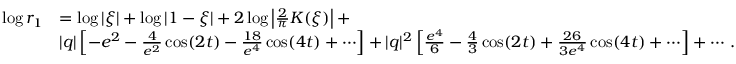
\begin{array} { r l } { \log r _ { 1 } } & { = \log | \xi | + \log | 1 - \xi | + 2 \log \left| { \frac { 2 } { \pi } } K ( \xi ) \right| + } \\ & { | q | \left[ - e ^ { 2 } - { \frac { 4 } { e ^ { 2 } } } \cos ( 2 t ) - { \frac { 1 8 } { e ^ { 4 } } } \cos ( 4 t ) + \cdots \right] + | q | ^ { 2 } \left[ { \frac { e ^ { 4 } } { 6 } } - { \frac { 4 } { 3 } } \cos ( 2 t ) + { \frac { 2 6 } { 3 e ^ { 4 } } } \cos ( 4 t ) + \cdots \right] + \cdots \, . } \end{array}